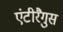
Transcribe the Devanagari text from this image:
एंटीरैगुस